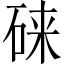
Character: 𱴄